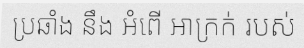
ប្រឆាំង នឹង អំពើ អាក្រក់ របស់